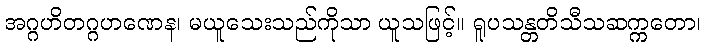
အဂ္ဂဟိတဂ္ဂဟဏေန၊ မယူသေးသည်ကိုသာ ယူသဖြင့်။ ရူပသန္တတိသီသဆက္ကတော၊